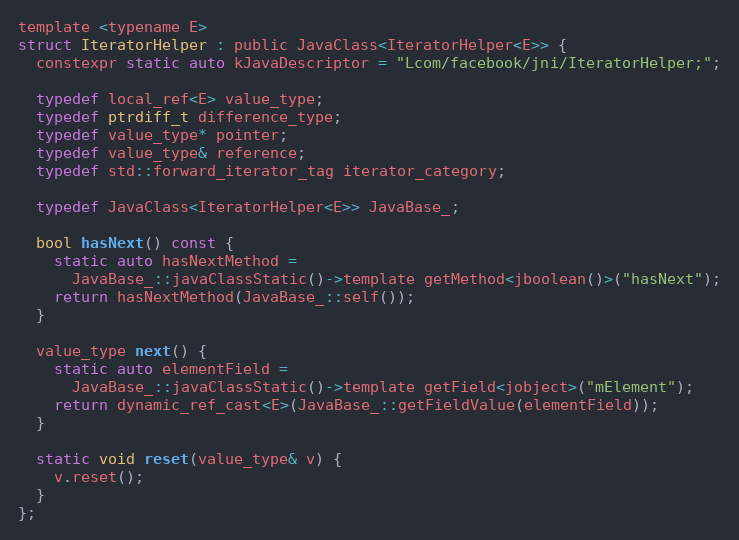
Language: C
template <typename E>
struct IteratorHelper : public JavaClass<IteratorHelper<E>> {
  constexpr static auto kJavaDescriptor = "Lcom/facebook/jni/IteratorHelper;";

  typedef local_ref<E> value_type;
  typedef ptrdiff_t difference_type;
  typedef value_type* pointer;
  typedef value_type& reference;
  typedef std::forward_iterator_tag iterator_category;

  typedef JavaClass<IteratorHelper<E>> JavaBase_;

  bool hasNext() const {
    static auto hasNextMethod =
      JavaBase_::javaClassStatic()->template getMethod<jboolean()>("hasNext");
    return hasNextMethod(JavaBase_::self());
  }

  value_type next() {
    static auto elementField =
      JavaBase_::javaClassStatic()->template getField<jobject>("mElement");
    return dynamic_ref_cast<E>(JavaBase_::getFieldValue(elementField));
  }

  static void reset(value_type& v) {
    v.reset();
  }
};